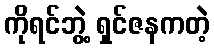
ကိုရင်ဘွဲ့ ရှင်ဇနကတဲ့